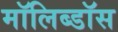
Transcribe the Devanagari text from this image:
मॉलिब्डॉस